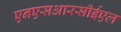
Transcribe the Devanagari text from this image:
एनएसआरसीईएल